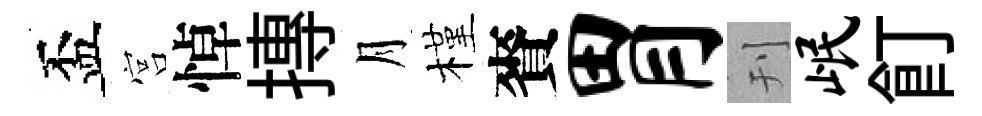
盃宫悼摶月槿賚胃刊岷飣